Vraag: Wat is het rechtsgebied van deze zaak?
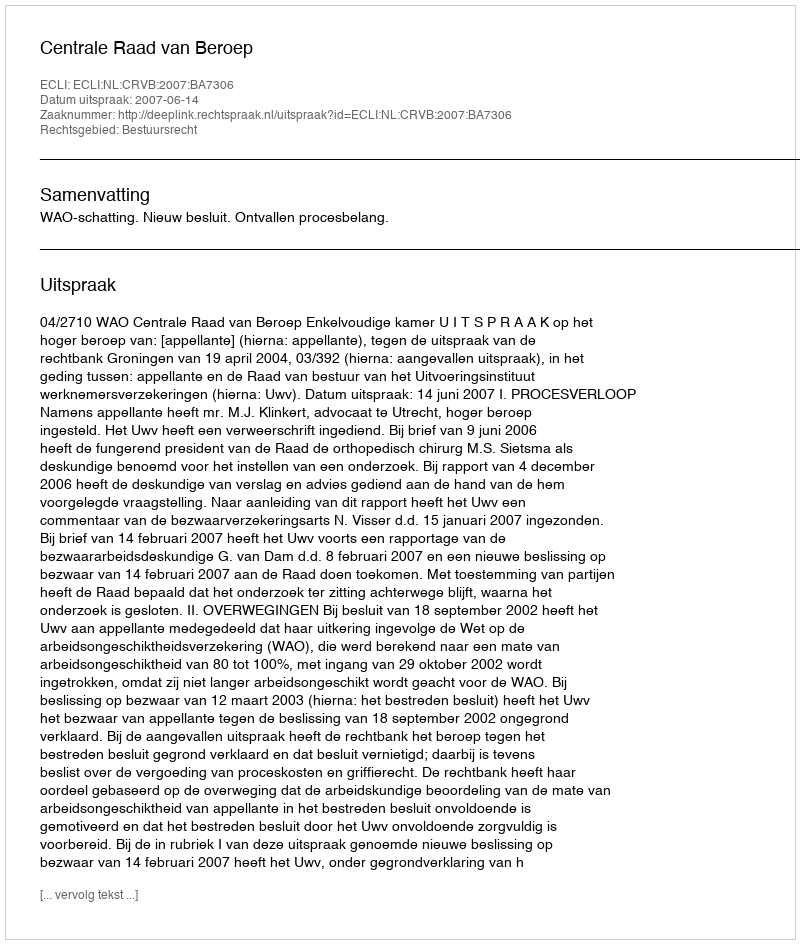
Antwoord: Bestuursrecht